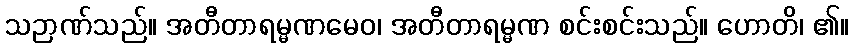
သဉာဏ်သည်။ အတီတာရမ္မဏမေဝ၊ အတီတာရမ္မဏ စင်းစင်းသည်။ ဟောတိ၊ ၏။